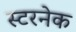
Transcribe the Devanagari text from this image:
स्टरनेक